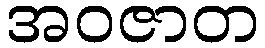
အဝဇာတ